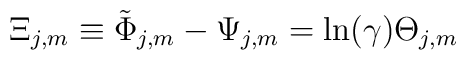
\Xi _{j,m}\equiv \tilde \Phi _{j,m}-\Psi _{j,m}=\ln (\gamma )\Theta _{j,m}